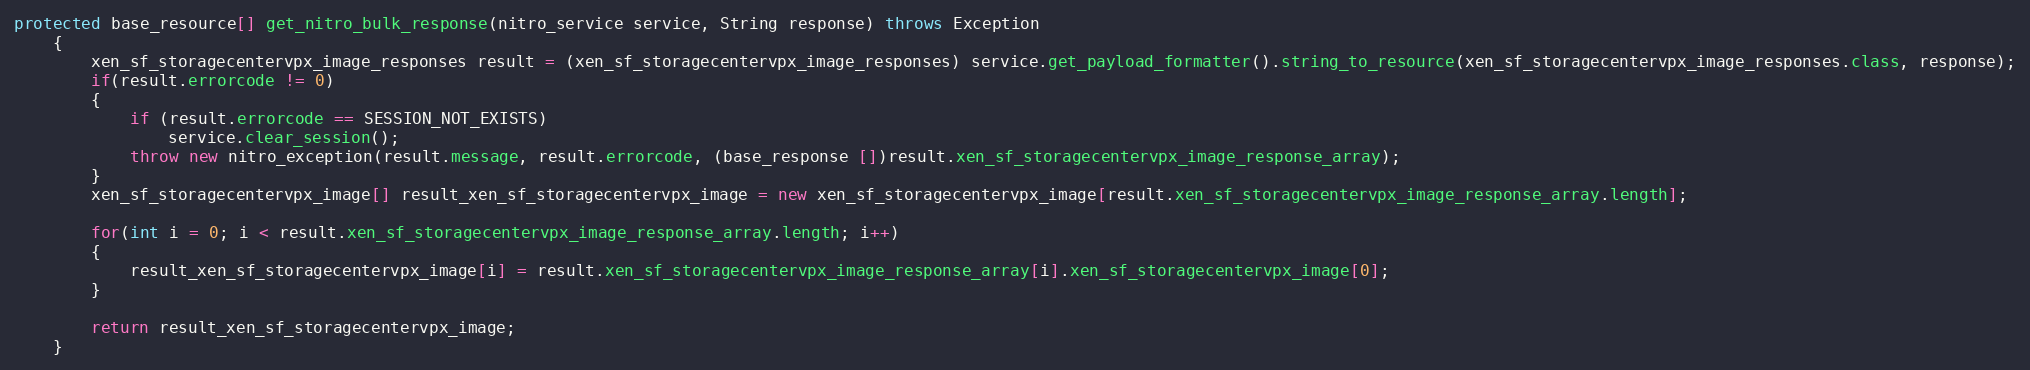
Language: Java
protected base_resource[] get_nitro_bulk_response(nitro_service service, String response) throws Exception
	{
		xen_sf_storagecentervpx_image_responses result = (xen_sf_storagecentervpx_image_responses) service.get_payload_formatter().string_to_resource(xen_sf_storagecentervpx_image_responses.class, response);
		if(result.errorcode != 0)
		{
			if (result.errorcode == SESSION_NOT_EXISTS)
				service.clear_session();
			throw new nitro_exception(result.message, result.errorcode, (base_response [])result.xen_sf_storagecentervpx_image_response_array);
		}
		xen_sf_storagecentervpx_image[] result_xen_sf_storagecentervpx_image = new xen_sf_storagecentervpx_image[result.xen_sf_storagecentervpx_image_response_array.length];

		for(int i = 0; i < result.xen_sf_storagecentervpx_image_response_array.length; i++)
		{
			result_xen_sf_storagecentervpx_image[i] = result.xen_sf_storagecentervpx_image_response_array[i].xen_sf_storagecentervpx_image[0];
		}

		return result_xen_sf_storagecentervpx_image;
	}